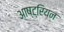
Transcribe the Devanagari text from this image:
आष्ट्रियन